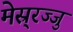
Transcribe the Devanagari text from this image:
मेस्र्रज्जु